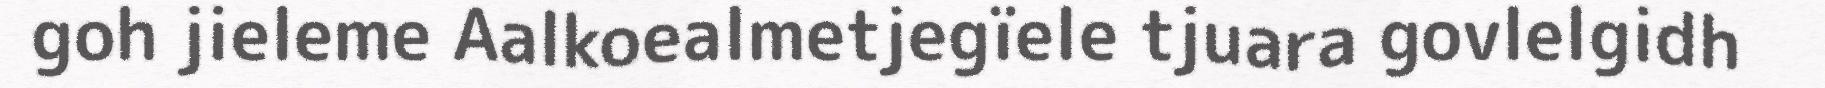
goh jieleme Aalkoealmetjegïele tjuara govlelgidh